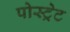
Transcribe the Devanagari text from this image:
पोस्ट्रेट